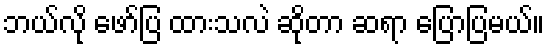
ဘယ်လို ဖော်ပြ ထားသလဲ ဆိုတာ ဆရာ ပြောပြမယ်။